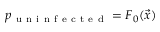
p _ { \mathrm { ~ u ~ n ~ i ~ n ~ f ~ e ~ c ~ t ~ e ~ d ~ } } = F _ { 0 } ( \vec { x } )